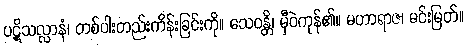
ပဋိသလ္လာနံ၊ တစ်ပါးတည်းကိန်းခြင်းကို။ သေဝန္တိ၊ မှီဝဲကုန်၏။ မဟာရာဇ၊ မင်းမြတ်။